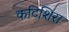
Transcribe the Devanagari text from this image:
कटिशिरा